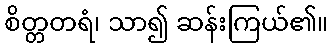
စိတ္တတရံ၊ သာ၍ ဆန်းကြယ်၏။